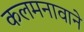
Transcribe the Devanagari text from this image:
कलमनावाने